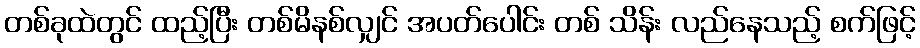
တစ်ခုထဲတွင် ထည့်ပြီး တစ်မိနစ်လျှင် အပတ်ပေါင်း တစ် သိန်း လည်နေသည့် စက်ဖြင့်